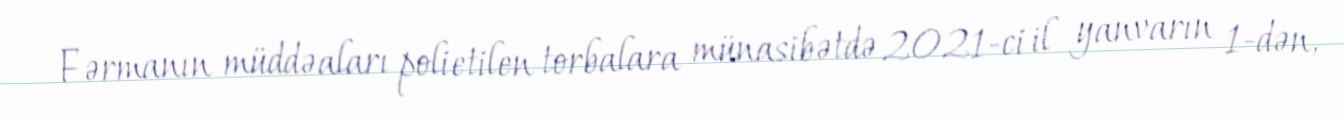
Fərmanın müddəaları polietilen torbalara münasibətdə 2021-ci il yanvarın 1-dən,